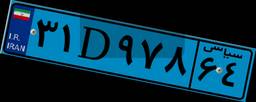
۳۱D۹۷۸۶۴